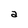
Character: a